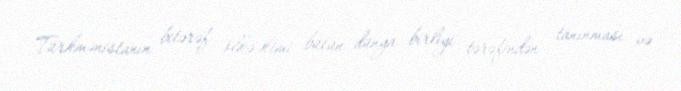
Türkmənistanın bitərəf ölkə kimi bütün dünya birliyi tərəfindən tanınması və